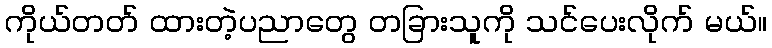
ကိုယ်တတ် ထားတဲ့ပညာတွေ တခြားသူကို သင်ပေးလိုက် မယ်။